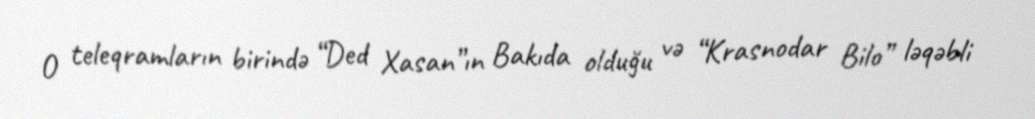
O teleqramların birində “Ded Xasan”ın Bakıda olduğu və “Krasnodar Bilo” ləqəbli